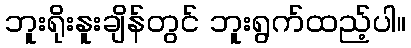
ဘူးရိုးနူးချိန်တွင် ဘူးရွက်ထည့်ပါ။